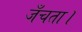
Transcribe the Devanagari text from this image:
जँचता।